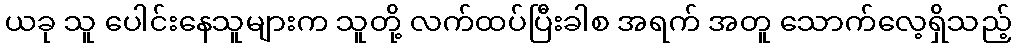
ယခု သူ ပေါင်းနေသူများက သူတို့ လက်ထပ်ပြီးခါစ အရက် အတူ သောက်လေ့ရှိသည့်